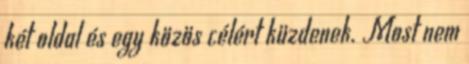
két oldal és egy közös célért küzdenek. Most nem